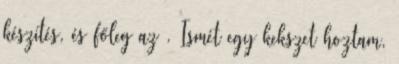
készítés, és főleg az . Ismét egy kekszet hoztam,